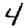
Digit: 4